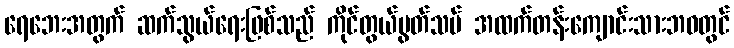
ရေဘေးအတွက် ဆက်သွယ်ရေးဖြစ်သည် ကိုင်တွယ်ပွတ်သပ် အထက်တန်းကျောင်းသားဘဝတွင်